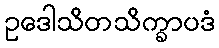
ဥဒေါသိတသိက္ခာပဒံ